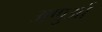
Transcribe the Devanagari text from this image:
अणुआें